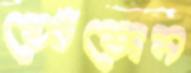
ফোঁকেন